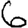
Digit: 6